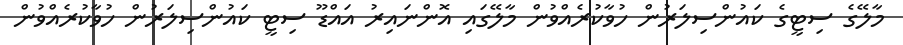
މާލޭގެ ސިޓީގެ ކައުންސިލަރުން ހުވާކުރެއްވުން މާލޭގައި އޮންނައިރު އައްޑޫ ސިޓީ ކައުންސިލަރުން ހުވާކުރެއްވުން